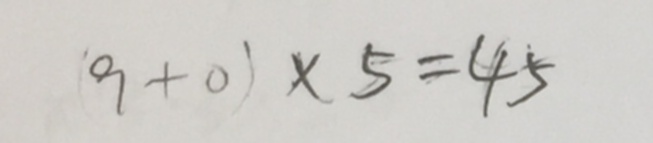
( 9 + 0 ) \times 5 = 4 5